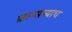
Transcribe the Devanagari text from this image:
फ्रान्सच्याच